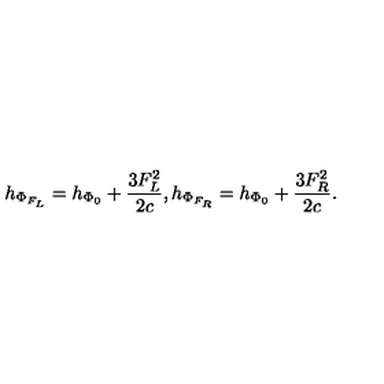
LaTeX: h _ { \Phi _ { F _ { L } } } = h _ { \Phi _ { 0 } } + { \frac { 3 F _ { L } ^ { 2 } } { 2 c } } , h _ { \Phi _ { F _ { R } } } = h _ { \Phi _ { 0 } } + { \frac { 3 F _ { R } ^ { 2 } } { 2 c } } .